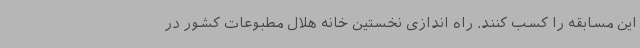
این مسابقه را کسب کنند. راه اندازی نخستین خانه هلال مطبوعات کشور در